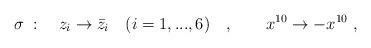
LaTeX: \begin{align*}\sigma \; : \quad z_i\to \bar{z}_i\quad (i=1,...,6)\quad , \qquad x^{10}\to-x^{10}\; , \end{align*}